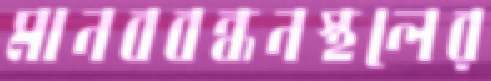
মানববন্ধনস্থলের